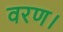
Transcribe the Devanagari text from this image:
वरण।